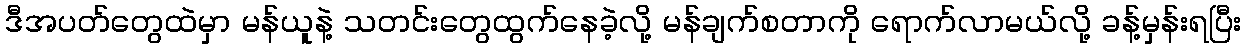
ဒီအပတ်တွေထဲမှာ မန်ယူနဲ့ သတင်းတွေထွက်နေခဲ့လို့ မန်ချက်စတာကို ရောက်လာမယ်လို့ ခန့်မှန်းရပြီး